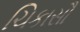
ચિકાસૌ